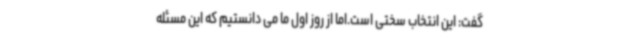
گفت: این انتخاب سختی است.اما از روز اول ما می دانستیم که این مسئله